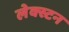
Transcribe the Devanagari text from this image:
लेक्स्टन